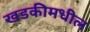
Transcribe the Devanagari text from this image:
खडकीमधील